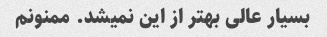
بسیار عالی بهتر از این نمیشد. ممنونم